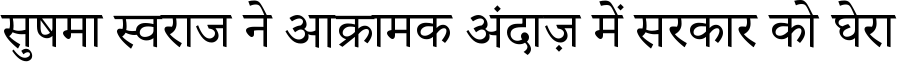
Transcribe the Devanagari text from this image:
सुषमा स्वराज ने आक्रामक अंदाज़ में सरकार को घेरा